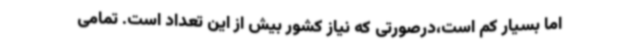
اما بسیار کم است،درصورتی که نیاز کشور بیش از این تعداد است. تمامی